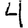
Digit: 4